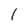
Character: l